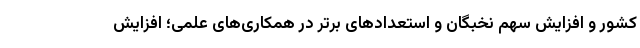
کشور و افزایش سهم نخبگان و استعدادهای برتر در همکاری‌های علمی؛ افزایش